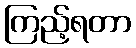
ကြည့်ရတာ